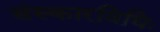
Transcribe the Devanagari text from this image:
संस्कारविधिः